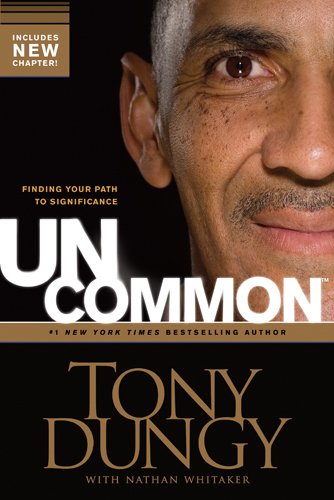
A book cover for Uncommon: Finding Your Path to Significance; Tony Dungy; Biographies & Memoirs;